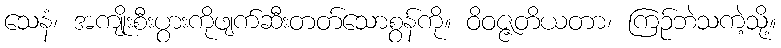
သေနံ၊ အကျိုးစီးပွားကိုဖျက်ဆီးတတ်သောစွန်ကို။ ဝိဝဇ္ဇတိယတာ၊ ကြဉ်ဘဲသကဲ့သို့။